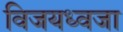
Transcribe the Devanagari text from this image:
विजयध्वजा